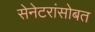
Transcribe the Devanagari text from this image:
सेनेटरांसोबत